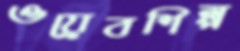
ওয়েবশিল্প